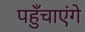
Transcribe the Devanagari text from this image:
पहुँचाएंगे